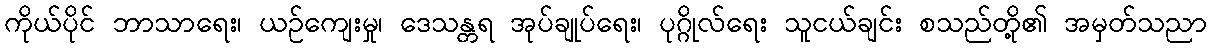
ကိုယ်ပိုင် ဘာသာရေး၊ ယဉ်ကျေးမှု၊ ဒေသန္တရ အုပ်ချုပ်ရေး၊ ပုဂ္ဂိုလ်ရေး သူငယ်ချင်း စသည်တို့၏ အမှတ်သညာ